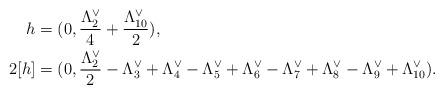
LaTeX: \begin{align*}h&=(0,\frac{\Lambda_2^\vee}{4}+\frac{\Lambda_{10}^\vee}{2}),\\2[h]&=(0,\frac{\Lambda_2^\vee}{2}-\Lambda_3^\vee+\Lambda_4^\vee-\Lambda_5^\vee+\Lambda_6^\vee-\Lambda_7^\vee+\Lambda_8^\vee-\Lambda_9^\vee+\Lambda_{10}^\vee).\end{align*}